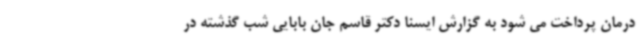
درمان پرداخت می شود به گزارش ایسنا دکتر قاسم جان بابایی شب گذشته در